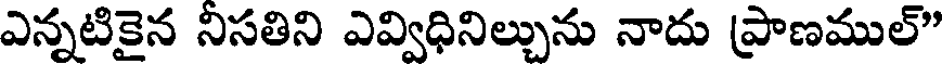
ఎన్నటికైన నిసతిని ఎవ్విధినిల్చును నాదు ప్రాణముల్"